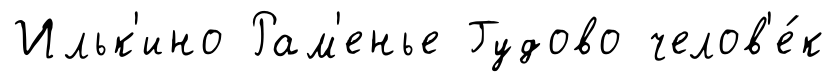
Ильк'ино Рам'енье Гудово челов'е́к